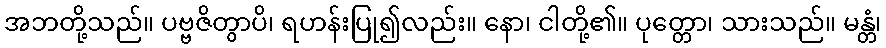
အဘတို့သည်။ ပဗ္ဗဇိတွာပိ၊ ရဟန်းပြု၍လည်း။ နော၊ ငါတို့၏။ ပုတ္တော၊ သားသည်။ မန္တံ၊